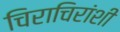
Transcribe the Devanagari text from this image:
चिराचिरांशी